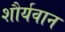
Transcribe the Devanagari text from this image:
शौर्यवान